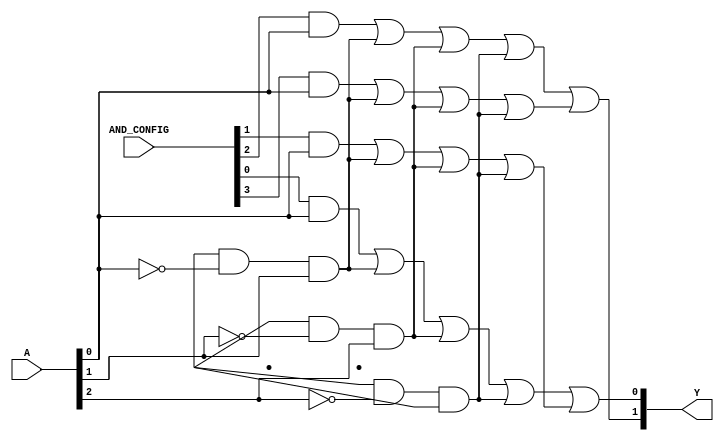
module SPAL (
    input wire [N-1:0] A, // Input signals (N inputs)
    input wire [M-1:0] AND_CONFIG, // Configuration for AND gates
    output wire [P-1:0] Y // Output signals (P outputs)
);

// Parameters for the design
parameter N = 3; // Number of input signals (A, B, C)
parameter M = 4; // Number of AND gates
parameter P = 2; // Number of output signals (Y1, Y2)

// Internal wires for AND gate outputs
wire [M-1:0] and_out; // Outputs from AND gates

// Programmable AND array
genvar i;
generate
    for (i = 0; i < M; i = i + 1) begin : AND_ARRAY
        assign and_out[i] = (AND_CONFIG[i] & A[0]) | 
                            ((AND_CONFIG[i+M] & ~A[0]) & A[1]) | 
                            ((AND_CONFIG[i+2*M] & ~A[1]) & A[2]) |
                            ((AND_CONFIG[i+3*M] & ~A[2]) & A[3]);
    end
endgenerate

// Fixed OR array
assign Y[0] = and_out[0] | and_out[1]; // Output Y1
assign Y[1] = and_out[2] | and_out[3]; // Output Y2

endmodule